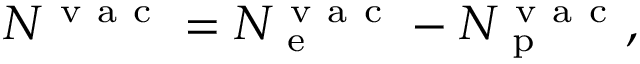
\begin{array} { r } { N ^ { \mathrm { ~ v ~ a ~ c ~ } } = N _ { \mathrm { ~ e ~ } } ^ { \mathrm { ~ v ~ a ~ c ~ } } - N _ { \mathrm { ~ p ~ } } ^ { \mathrm { ~ v ~ a ~ c ~ } } , } \end{array}